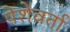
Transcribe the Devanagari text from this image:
पेशेवर्ता